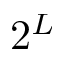
2 ^ { L }